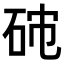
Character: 𥑯